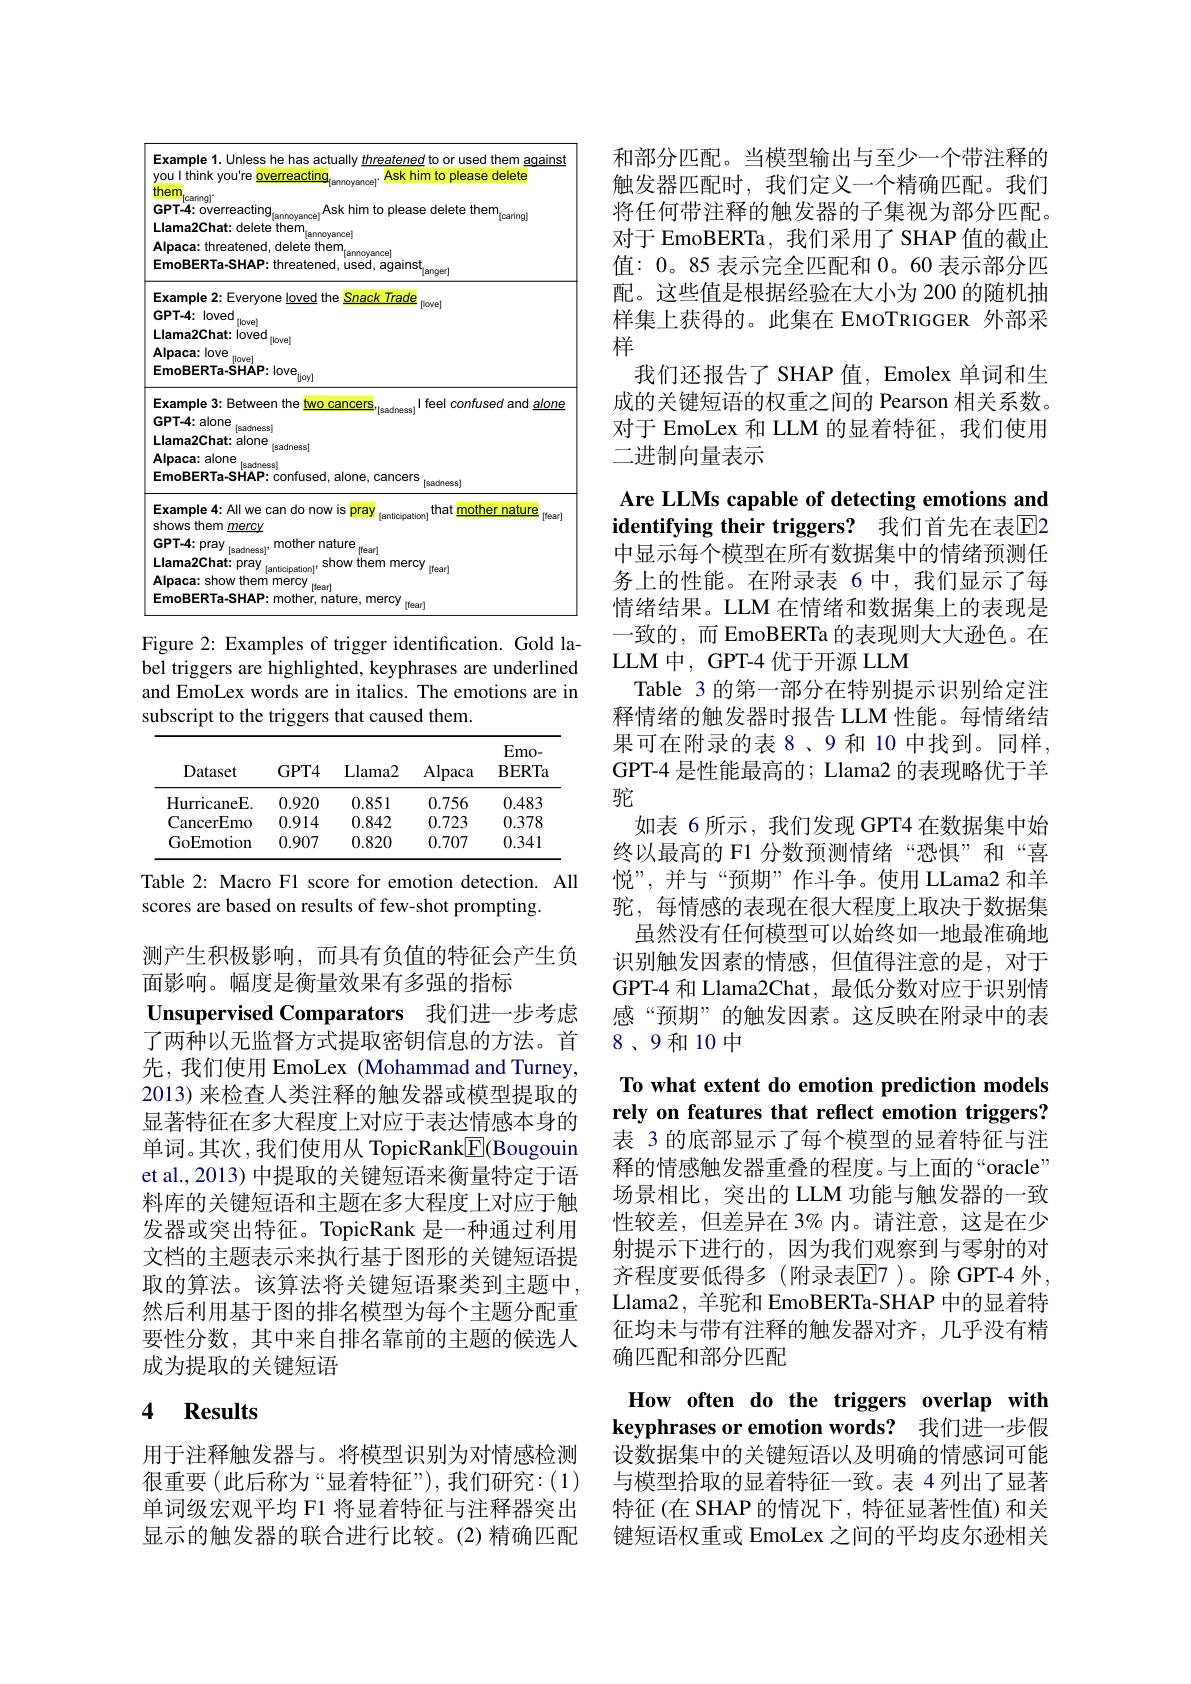
<table>
	<tbody>
		<tr>
			<td>E $y$</td>
			<td>Example 1. Unless he has actually threatened to or used them aqa voulthink vou're overreacting Ask him to please delete</td>
			<td>ple 1. Unless he has actually threatened to or used them aqains hink you're overreacting Ask him to please delete</td>
		</tr>
		<tr>
			<td>t L $A$ E</td>
			<td>$\frac{\mathrm{them}}{\mathrm{cor}}_{[\mathrm{caring}]^{*}}$ GPT-4: overreacting$_{[\mathrm{annoyance}]}$ Ask him to please delete them$_{[\mathrm{caring}]}$ Llama2Chat: delete them$_{[\mathrm{annoyance}]}$ Alpaca: threatened, delete them, l$_{[\text{annoyance}]}$ EmoBERTa-SHAP: threatened, used, against, $l_{[anger]}$</td>
			<td>aringj {:}overreacting$_{[\mathrm{annoyance}]}$ Ask him to please delete them$_{[\mathrm{caring}]}$ 2Chat: delete them$_{[\mathrm{annoyance}]}$ a: threatened, delete them, lannoyance] ERTa-SHAP: threatened, used, against, langer]</td>
		</tr>
		<tr>
			<td>E $C$ L $A$ E</td>
			<td>Example 2: Everyone loved the Snack Trade $[lowe]$ $GPT- 4:$ $loved_{[ \mathrm{love}] }$ Llama2Chat: loved $_{[\mathrm{bve}]}$ Alpaca: love$_{[\mathrm{love}]}$ $EmoBERTa-SHAP:Iove_{[\mathrm{lovl}]}$</td>
			<td>ple 2: Everyone loved the Snack Trade $k:10ved$ $:[0we]$ 12Chat: loved$_{[\mathrm{love}]}$ $\frac{1}{[\mathrm{love}]}$ a:love $_{[\mathrm{love}]}$ $ERTa-SHAP:Iove_{n}$ $i_{\mathrm{liovI}}$</td>
		</tr>
		<tr>
			<td>L $F$ E</td>
			<td>$GPT-4:alone$ HSS Llama2Chat: alone $_{[\mathrm{sadness}]}$ $\Xi_{[\mathrm{sadness}]}$ Alpaca: alone $_{[\mathrm{sadness}]}$ EmoBERTa-SHAP: confused, alone, cancers laadness]</td>
			<td>$k:alone$ 2Chat: alone$_{[\mathrm{sadness}]}$ $\Xi_{[\mathrm{sadness}]}$ a: alone $_{[\mathrm{sadness}]}$ ERTa-SHAP: confused, alone, cancers Teadnessl</td>
		</tr>
		<tr>
			<td>E S</td>
			<td>Example 4: All we can do now is pray [anticipation] that mother nature shows them mercy</td>
			<td>ple 4: All we can do now is pray [anticipation] that mother nature [tear] them $\underline{mercy}$</td>
		</tr>
	</tbody>
</table>

Figure 2: Examples of trigger identification. Gold la-

bel triggers are highlighted, keyphrases are underlined

and EmoLex words are in italics. The emotions are in

subscript to the triggers that caused them.
<table>
	<tbody>
		<tr>
			<th>Dataset</th>
			<th>GPT4</th>
			<th>Llama2</th>
			<th>Alpaca</th>
			<th>$Emo-$ BERTa</th>
		</tr>
		<tr>
			<td>HurricaneE.</td>
			<td>0.920</td>
			<td>0.851</td>
			<td>0.756</td>
			<td>0.483</td>
		</tr>
		<tr>
			<td>CancerEmo T</td>
			<td>0.914</td>
			<td>0.842</td>
			<td>0.723</td>
			<td>0.378</td>
		</tr>
		<tr>
			<td>GoEmotion</td>
			<td>0.907</td>
			<td>0.820</td>
			<td>0.707</td>
			<td>0.341</td>
		</tr>
	</tbody>
</table>

Table 2: Macro F1 score for emotion detection. All
scores are based on results of few-shot prompting.

测产生积极影响，而具有负值的特征会产生负
面影响。幅度是衡量效果有多强的指标

Unsupervised Comparators 我们进一步考虑了两种以无监督方式提取密钥信息的方法。首先，我们使用 EmoLex (Mohammad and Turney, 2013) 来检查人类注释的触发器或模型提取的显著特征在多大程度上对应于表达情感本身的单词。其次 ,我们使用从 TopicRank$\underline{\mathrm{F}}$(Bougouin et al., 2013) 中提取的关键短语来衡量特定于语料库的关键短语和主题在多大程度上对应于触发器或突出特征。TopicRank 是一种通过利用文档的主题表示来执行基于图形的关键短语提取的算法。该算法将关键短语聚类到主题中， 然后利用基于图的排名模型为每个主题分配重要性分数，其中来自排名靠前的主题的候选人成为提取的关键短语

# 4 Results

用于注释触发器与。将模型识别为对情感检测很重要(此后称为“显着特征”),我们研究：(1) 单词级宏观平均 F1 将显着特征与注释器突出显示的触发器的联合进行比较。(2)精确匹配

和部分匹配。当模型输出与至少一个带注释的触发器匹配时，我们定义一个精确匹配。我们将任何带注释的触发器的子集视为部分匹配。对于 EmoBERTa, 我们采用了 SHAP 值的截止值：0。85 表示完全匹配和0。60 表示部分匹配。这些值是根据经验在大小为 200 的随机抽样集上获得的。此集在 EMOTRIGGER 外部采样
我们还报告了 SHAP 值，Emolex 单词和生成的关键短语的权重之间的 Pearson 相关系数。对于 EmoLex 和 LLM 的显着特征，我们使用二进制向量表示

Are LLMs capable of detecting emotions and identifying their triggers? 我们首先在表$\boxed{\mathrm{F}}2$

中显示每个模型在所有数据集中的情绪预测任务上的性能。在附录表 6 中，我们显示了每情绪结果。LLM 在情绪和数据集上的表现是一致的，而 EmoBERTa 的表现则大大逊色。在LLM 中，GPT-4 优于开源 LLM
Table 3 的第一部分在特别提示识别给定注释情绪的触发器时报告 LLM 性能。每情绪结果可在附录的表 8、9 和 10 中找到。同样， GPT-4 是性能最高的；Llama2 的表现略优于羊驼
如表 6 所示，我们发现 GPT4 在数据集中始终以最高的 F1 分数预测情绪“恐惧”和“喜悦”,并与“预期”作斗争。使用 LLama2 和羊驼，每情感的表现在很大程度上取决于数据集
虽然没有任何模型可以始终如一地最准确地识别触发因素的情感，但值得注意的是，对于GPT-4 和 Llama2Chat, 最低分数对应于识别情感“预期”的触发因素。这反映在附录中的表8、9和10中
To what extent do emotion prediction models

rely on features that reflect emotion triggers?

表 3 的底部显示了每个模型的显着特征与注释的情感触发器重叠的程度。与上面的“oracle” 场景相比，突出的 LLM 功能与触发器的一致性较差，但差异在 3% 内。请注意，这是在少射提示下进行的，因为我们观察到与零射的对齐程度要低得多(附录表E7 )。除 GPT-4 外， Llama2, 羊驼和 EmoBERTa-SHAP 中的显着特征均未与带有注释的触发器对齐，几乎没有精确匹配和部分匹配

How often do the triggers overlap with keyphrases or emotion words? 我们进一步假

设数据集中的关键短语以及明确的情感词可能与模型拾取的显着特征一致。表 4 列出了显著特征 (在 SHAP 的情况下，特征显著性值) 和关键短语权重或 EmoLex 之间的平均皮尔逊相关